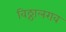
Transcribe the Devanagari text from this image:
विठ्ठालराव